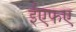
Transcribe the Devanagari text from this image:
ईएफए